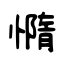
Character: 憜